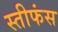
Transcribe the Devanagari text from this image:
स्तीफंस